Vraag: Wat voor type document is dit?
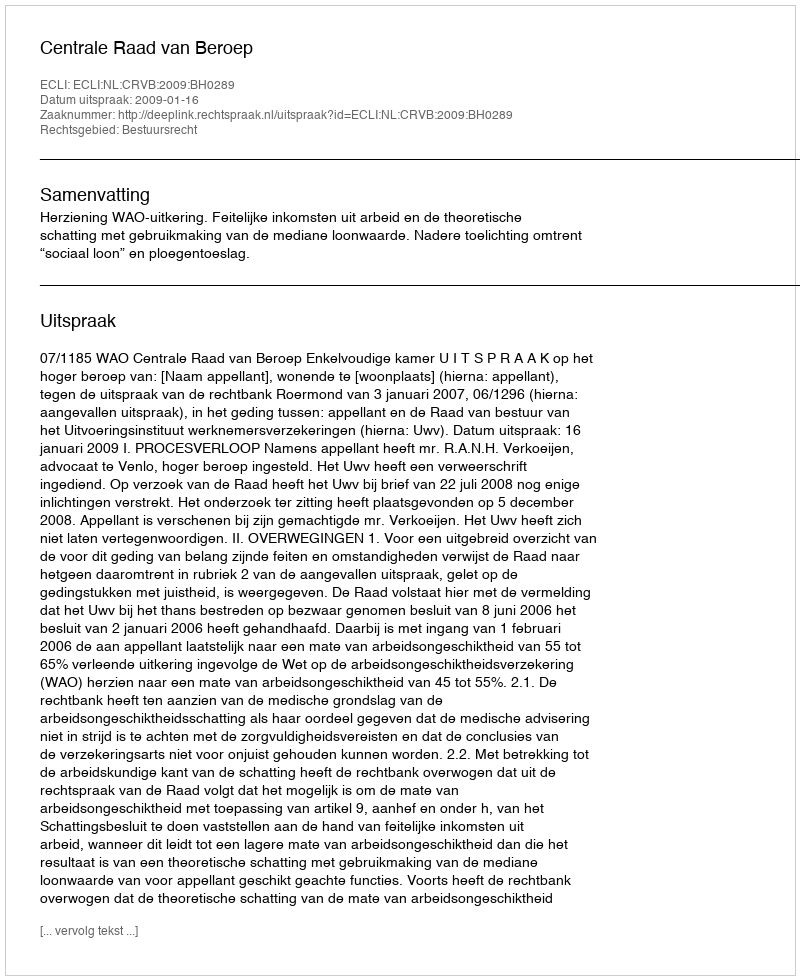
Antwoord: Uitspraak